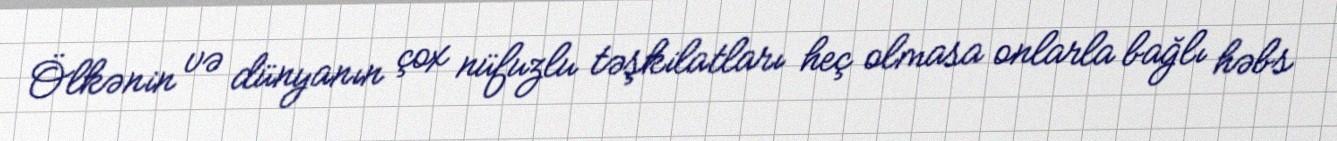
Ölkənin və dünyanın çox nüfuzlu təşkilatları heç olmasa onlarla bağlı həbs